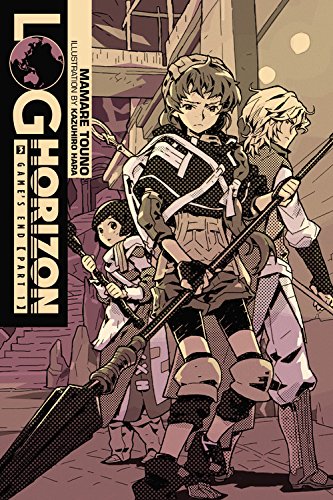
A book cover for Log Horizon, Vol. 3: Game's End, Part 1; Mamare Touno; Comics & Graphic Novels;